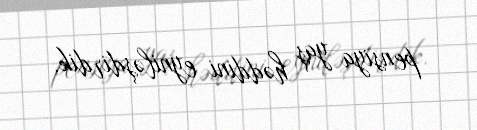
pensiya yaş həddini eyniləşdirdik.